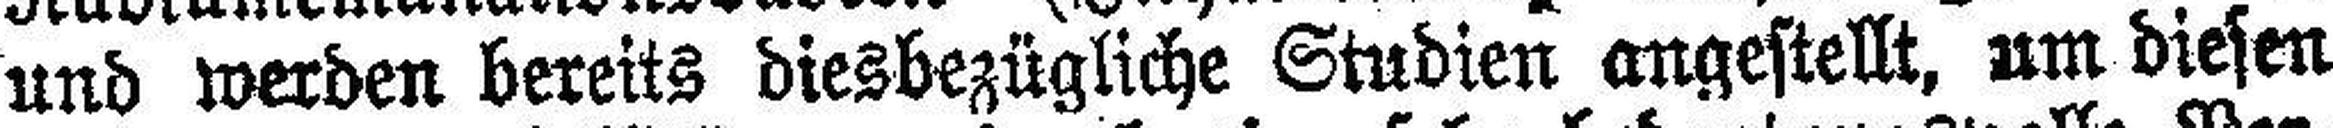
und werden bereits diesbezügliche Studien angestellt, um diesen